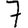
Digit: 7